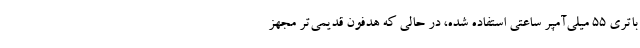
باتری ۵۵ میلی‌آمپر ساعتی استفاده شده، در حالی که هدفون قدیمی‌تر مجهز